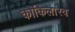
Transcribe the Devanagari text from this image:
कोकिलारव